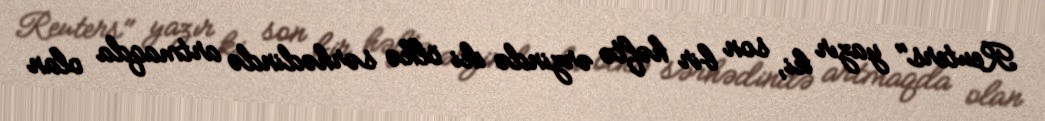
Reuters" yazır ki, son bir həftə ərzində iki ölkə sərhədində artmaqda olan